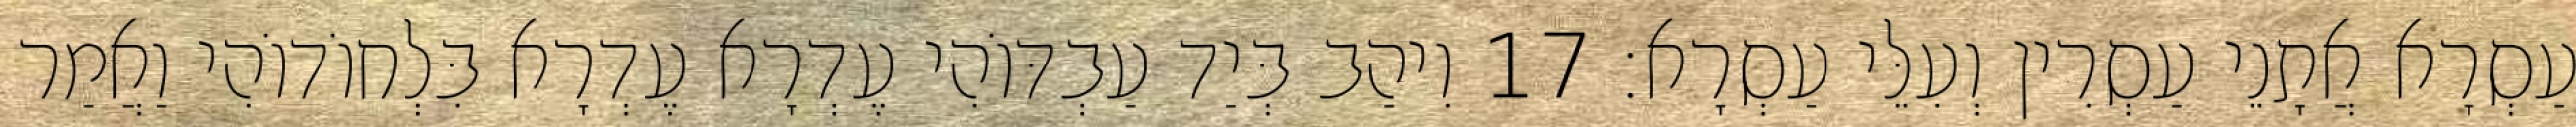
עַסְרָא אֲתָנֵי עַסְרִין וְעִלֵּי עַסְרָא׃ 17 וִיהַב בְּיַד עַבְדּוֹהִי עֶדְרָא עֶדְרָא בִּלְחוֹדוֹהִי וַאֲמַר